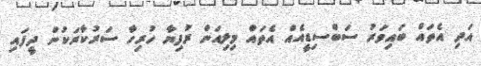
އަދި އެތައް ބައިވަރު ސަބްސިޑީއެއް އެތައް މިލިއަން ރުފިޔާ ހުރިހާ ސަރުކާރަކުން ދީފައި